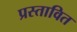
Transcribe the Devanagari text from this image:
प्रस्‍तावित